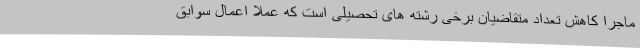
ماجرا کاهش تعداد متقاضیان برخی رشته های تحصیلی است که عملا اعمال سوابق